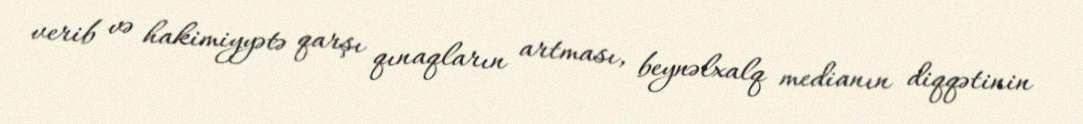
verib və hakimiyyətə qarşı qınaqların artması, beynəlxalq medianın diqqətinin